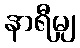
နာရီမျှ